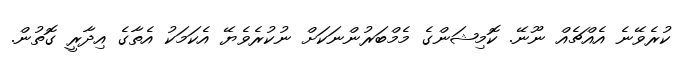
ކުރެވޭނެ އެއްޗެއް ނޫނޭ. ކޮމިޝަންގެ މެމްބަރުންނަކަށް ނުކުރެވެޔޭ އެކަމަކު އެތާގެ އިދާރީ ގޮތުން.